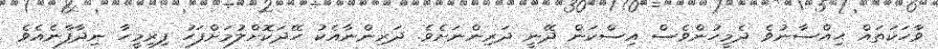
ވާހަކަތައް ޙިއްސާނުވެ ދެމީހުންވެސް އިސްކަން ދޭނީ ދަރިންނަށެވެ. ދަރިންނާއެކު ހޭދަކޮށްލުމަށްފަހު ފިރިމީހާ ނިދާފާނެއެވެ